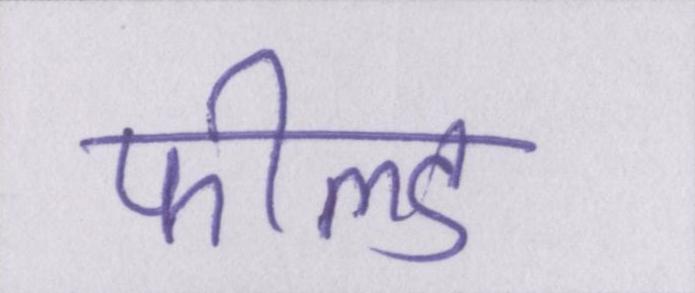
फील्ड